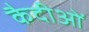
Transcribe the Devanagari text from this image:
कैदीओं